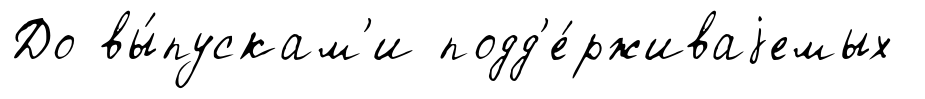
До вы́пускам'и подд'е́рживаjемых